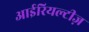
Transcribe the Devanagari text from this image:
आईरियल्टीज़